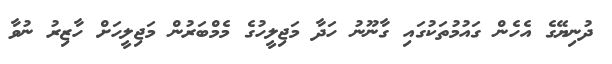
ދުނިޔޭގެ އެހެން ގައުމުތަކުގައި ގާނޫނު ހަދާ މަޖިލީހުގެ މެމްބަރުން މަޖިލީހަށް ހާޒިރު ނުވާ